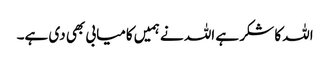
اللہ کا شکر ہے اللہ نے ہمیں کامیابی بھی دی ہے۔